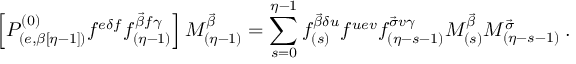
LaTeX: \left[ { \cal P } _ { ( e , \beta [ \eta - 1 ] ) } ^ { ( 0 ) } f ^ { e \delta f } f _ { ( \eta - 1 ) } ^ { \vec { \beta } f \gamma } \right] { \cal M } _ { ( \eta - 1 ) } ^ { \vec { \beta } } = \sum _ { s = 0 } ^ { \eta - 1 } f _ { ( s ) } ^ { \vec { \beta } \delta u } f ^ { u e v } f _ { ( \eta - s - 1 ) } ^ { \vec { \sigma } v \gamma } { \cal M } _ { ( s ) } ^ { \vec { \beta } } { \cal M } _ { ( \eta - s - 1 ) } ^ { \vec { \sigma } } \; .